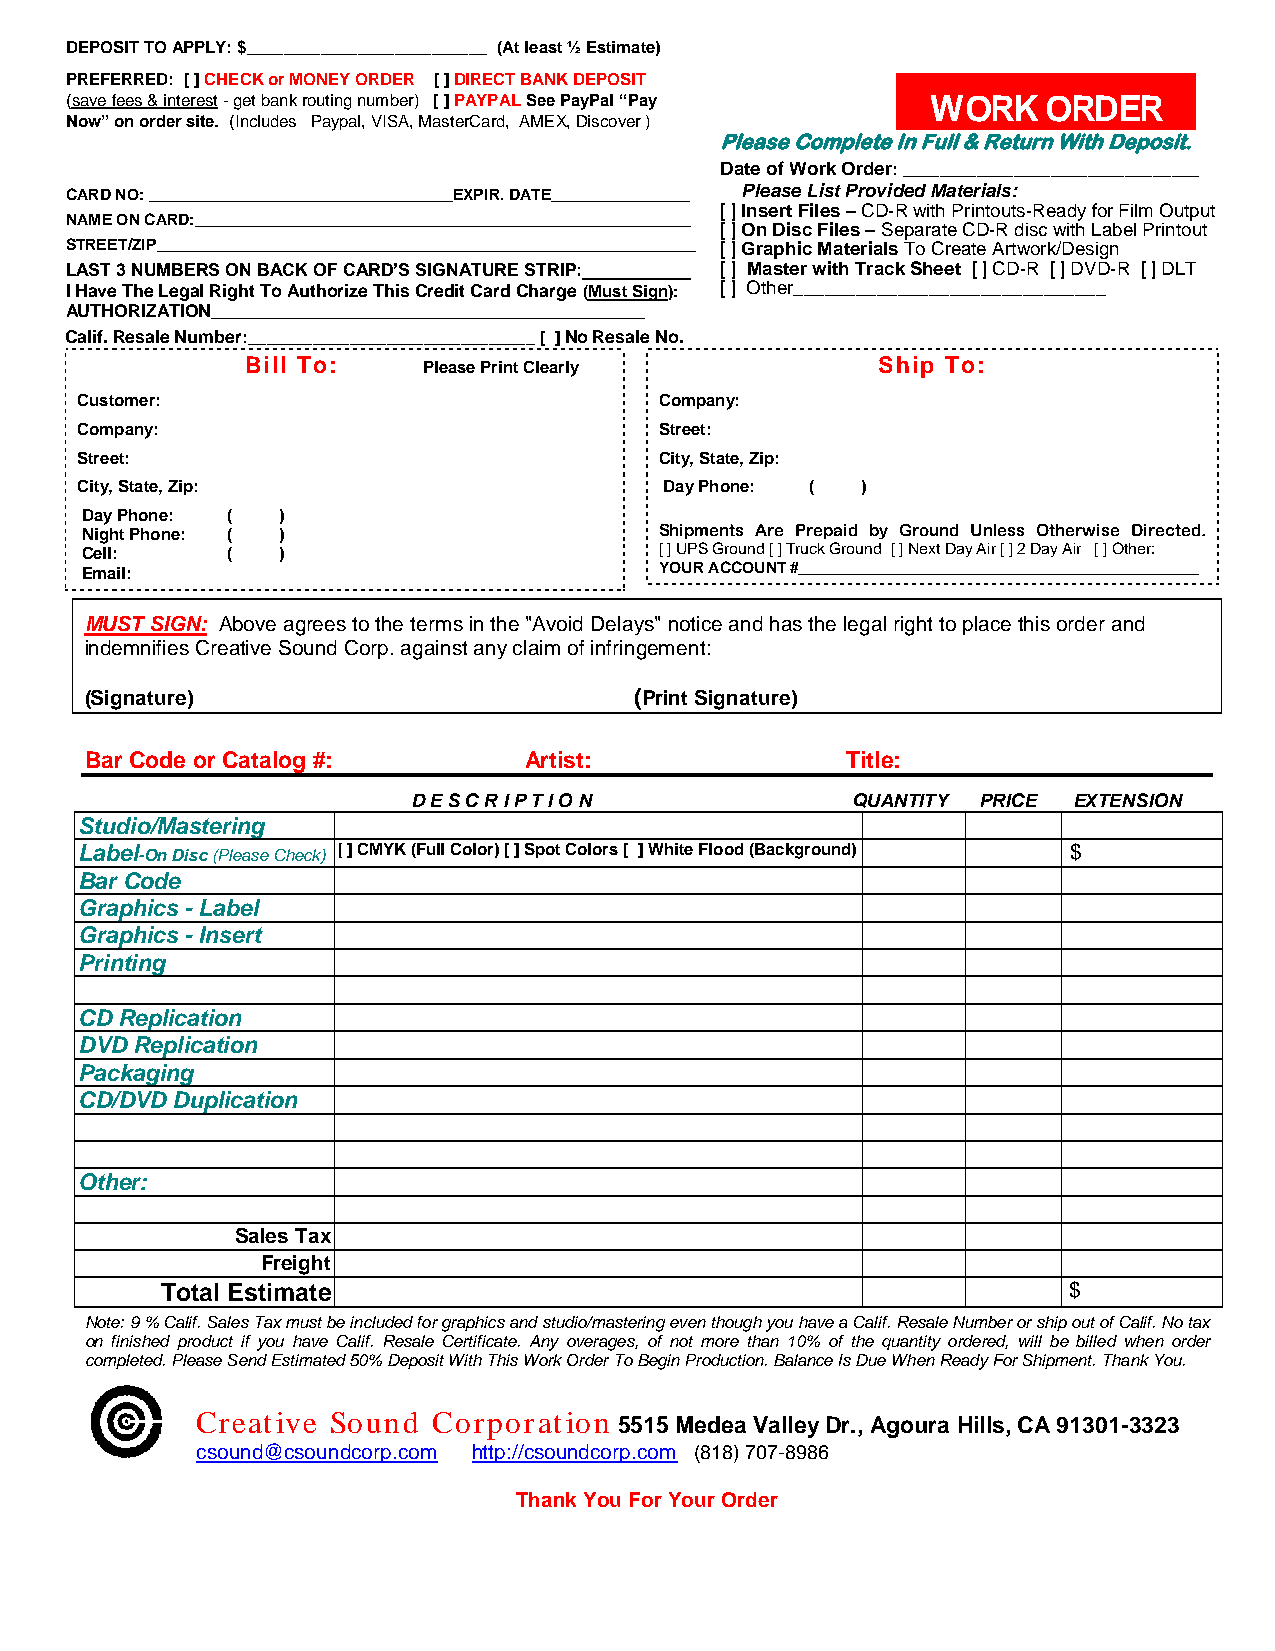
DEPOSIT TO APPLY: $__________________________ (At least ½ Estimate)
 PREFERRED: [ ] CHECK or MONEY ORDER [ ] DIRECT BANK DEPOSIT
 (save fees & interest - get bank routing number) [ ] PAYPAL See PayPal “Pay WORK ORDER
 Now” on order site. (Includes Paypal, VISA, MasterCard, AMEX, Discover )
 Please Complete In Full & Return With Deposit.
 Date of Work Order: ________________________________
 CARD NO: ___________________________________EXPIR. DATE________________ Please List Provided Materials:
 [ ] Insert Files – CD-R with Printouts-Ready for Film Output
 NAME ON CARD:_________________________________________________________
 [ ] On Disc Files – Separate CD-R disc with Label Printout
 STREET/ZIP______________________________________________________________ [ ] Graphic Materials To Create Artwork/Design
 LAST 3 NUMBERS ON BACK OF CARD’S SIGNATURE STRIP:___________ [ ] Master with Track Sheet [ ] CD-R [ ] DVD-R [ ] DLT
 I Have The Legal Right To Authorize This Credit Card Charge (Must Sign): [ ] Other______________________________
 AUTHORIZATION____________________________________________
 Calif. Resale Number:_______________________________ [ ] No Resale No.
 Bill To:    Please Print Clearly          Ship To:
 Customer:                              Company:
 Company:                               Street:
 Street:                                City, State, Zip:
 City, State, Zip:                      Day Phone: ( )
 Day Phone: ( )
 Night Phone: ( )                       Shipments Are Prepaid by Ground Unless Otherwise Directed.
 Cell:     (  )                         [ ] UPS Ground [ ] Truck Ground [ ] Next Day Air [ ] 2 Day Air [ ] Other:
 Email:                                 YOUR ACCOUNT #______________________________________________
 MUST SIGN: Above agrees to the terms in the "Avoid Delays" notice and has the legal right to place this order and
 indemnifies Creative Sound Corp. against any claim of infringement:
 (Signature)                         (Print Signature)
 Bar Code or Catalog #:       Artist:              Title:
 D E S C R I P T I O N        QUANTITY PRICE EXTENSION
 Studio/Mastering
 Label-On Disc (Please Check) [ ] CMYK (Full Color) [ ] Spot Colors [ ] White Flood (Background) $
 Bar Code
 Graphics - Label
 Graphics - Insert
 Printing
 CD Replication
 DVD Replication
 Packaging
 CD/DVD Duplication
 Other:
 Sales Tax
 Freight
 Total Estimate                                              $
 Note: 9 % Calif. Sales Tax must be included for graphics and studio/mastering even though you have a Calif. Resale Number or ship out of Calif. No tax
 on finished product if you have Calif. Resale Certificate. Any overages, of not more than 10% of the quantity ordered, will be billed when order
 completed. Please Send Estimated 50% Deposit With This Work Order To Begin Production. Balance Is Due When Ready For Shipment. Thank You.
 Creative Sound  Corporation
 5515 Medea Valley Dr., Agoura Hills, CA 91301-3323
 csound@csoundcorp.com http://csoundcorp.com (818) 707-8986
 Thank You For Your Order